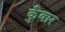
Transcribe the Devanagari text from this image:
कुँवार